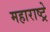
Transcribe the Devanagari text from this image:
महाराष्ट्रे